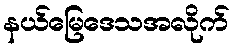
နယ်မြေဒေသအလိုက်